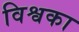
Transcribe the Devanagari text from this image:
विश्वका